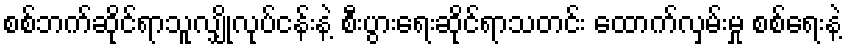
စစ်ဘက်ဆိုင်ရာသူလျှိုလုပ်ငန်းနဲ့ စီးပွားရေးဆိုင်ရာသတင်း ထောက်လှမ်းမှု စစ်ရေးနဲ့